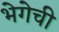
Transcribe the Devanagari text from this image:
भेगेची